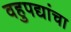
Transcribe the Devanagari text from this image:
वहुपद्यांचा